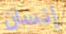
إنسان